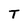
Character: T